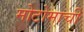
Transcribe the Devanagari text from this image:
मोटोमाची